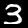
Label: 3